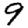
Digit: 9